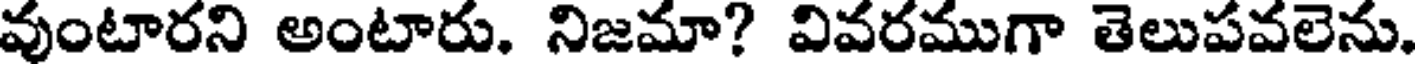
వుంటారని అంటారు. నిజమా? వివరముగా తెలుపవలెను.